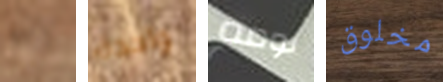
أوه واحدة نومه مخلوق